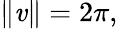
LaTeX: \| \mathit{v}\| =2\pi,